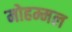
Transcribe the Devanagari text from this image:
मोहम्मल